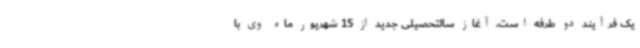
یک فرآیند دو طرفه است. آغاز سالتحصیلی جدید از 15 شهریور ماه وی با